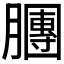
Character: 𣎫